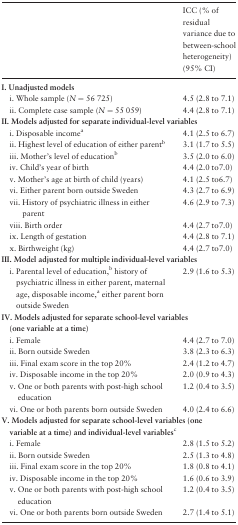
|  | ICC (% of residual variance due to between-school heterogeneity) (95% CI) |
 | --- | --- |
 | <COLSPAN=2> I. Unadjusted models |
 | i. Whole sample (N= 56 725) | 4.5 (2.8 to 7.1) |
 | ii. Complete case sample (N= 55 059) | 4.4 (2.8 to 7.1) |
 | <COLSPAN=2> II. Models adjusted for separate individual-level variables |
 | i. Disposable incomea | 4.1 (2.5 to 6.7) |
 | ii. Highest level of education of either parentb | 3.1 (1.7 to 5.5) |
 | iii. Mother’s level of educationb | 3.5 (2.0 to 6.0) |
 | iv. Child’s year of birth | 4.4 (2.0 to7.0) |
 | v. Mother’s age at birth of child (years) | 4.1 (2.5 to6.7) |
 | vi. Either parent born outside Sweden | 4.3 (2.7 to 6.9) |
 | vii. History of psychiatric illness in either parent | 4.6 (2.9 to 7.3) |
 | viii. Birth order | 4.4 (2.7 to7.0) |
 | ix. Length of gestation | 4.4 (2.8 to 7.1) |
 | x. Birthweight (kg) | 4.4 (2.7 to7.0) |
 | <COLSPAN=2> III. Model adjusted for multiple individual-level variables |
 | i. Parental level of education,bhistory of psychiatric illness in either parent, maternal age, disposable income,aeither parent born outside Sweden | 2.9 (1.6 to 5.3) |
 | <COLSPAN=2> IV. Models adjusted for separate school-level variables (one variable at a time) |
 | i. Female | 4.4 (2.7 to 7.0) |
 | ii. Born outside Sweden | 3.8 (2.3 to 6.3) |
 | iii. Final exam score in the top 20% | 2.4 (1.2 to 4.7) |
 | iv. Disposable income in the top 20% | 2.0 (0.9 to 4.3) |
 | v. One or both parents with post-high school education | 1.2 (0.4 to 3.5) |
 | vi. One or both parents born outside Sweden | 4.0 (2.4 to 6.6) |
 | <COLSPAN=2> V. Models adjusted for separate school-level variables (one variable at a time) and individual-level variablesc |
 | i. Female | 2.8 (1.5 to 5.2) |
 | ii. Born outside Sweden | 2.5 (1.3 to 4.8) |
 | iii. Final exam score in the top 20% | 1.8 (0.8 to 4.1) |
 | iv. Disposable income in the top 20% | 1.6 (0.6 to 3.9) |
 | v. One or both parents with post-high school education | 1.2 (0.4 to 3.5) |
 | vi. One or both parents born outside Sweden | 2.7 (1.4 to 5.1) |